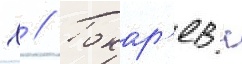
Х // Токар'ев н